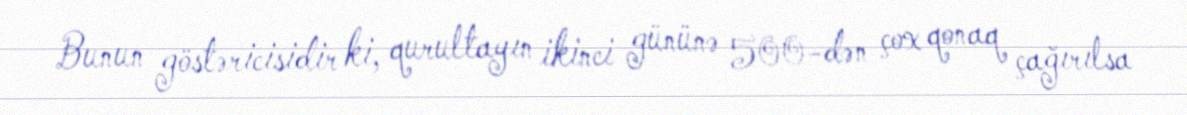
Bunun göstəricisidir ki, qurultayın ikinci gününə 500-dən çox qonaq çağırılsa